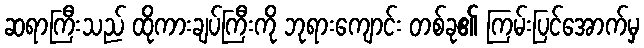
ဆရာကြီးသည် ထိုကားချပ်ကြီးကို ဘုရားကျောင်း တစ်ခု၏ ကြမ်းပြင်အောက်မှ